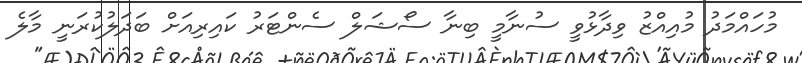
މުހައްމަދު މުއިއްޒު ވިދާޅުވީ ސުނާމީ ބިނާ ސޯޝަލް ސެންޓަރު ކައިރިއަށް ބަދަލުކުރަނީ މާލެ